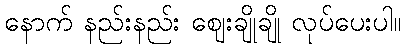
နောက် နည်းနည်း ဈေးချိုချို လုပ်ပေးပါ။